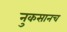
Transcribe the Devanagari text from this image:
नुकसानच